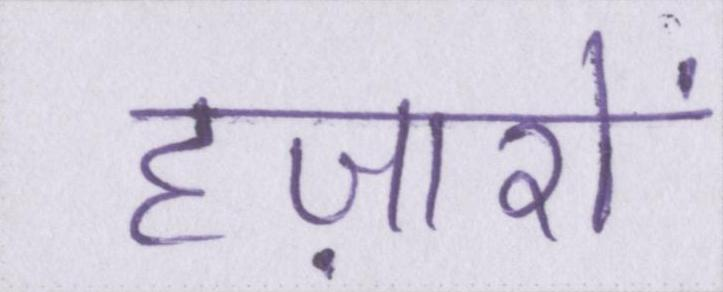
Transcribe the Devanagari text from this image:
हज़ारों